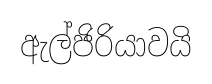
ඇල්ජිරියාවයි